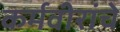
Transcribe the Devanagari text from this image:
कर्मवीरांचे